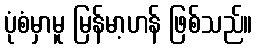
ပုံစံမှာမူ မြန်မာ့ဟန် ဖြစ်သည်။